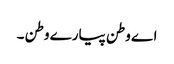
اے وطن پیارے وطن ۔